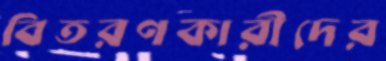
বিতরণকারীদের